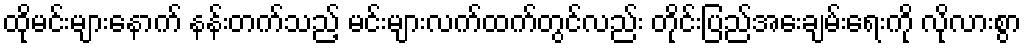
ထိုမင်းများနောက် နန်းတက်သည့် မင်းများလက်ထက်တွင်လည်း တိုင်းပြည်အေးချမ်းရေးကို လိုလားစွာ